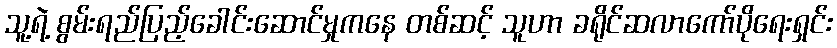
သူ့ရဲ့ စွမ်းရည်ပြည့်ခေါင်းဆောင်မှုကနေ တစ်ဆင့် သူဟာ ခရိုင်ဆလာကော်ပိုရေးရှင်း